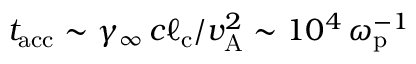
t _ { \mathrm { a c c } } \sim \gamma _ { \infty } \, c \ell _ { \mathrm { c } } / v _ { \mathrm { A } } ^ { 2 } \sim 1 0 ^ { 4 } \, \omega _ { \mathrm { p } } ^ { - 1 }